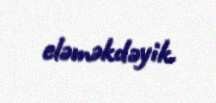
eləməkdəyik.